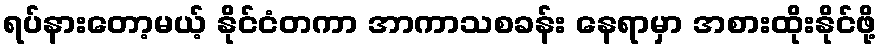
ရပ်နားတော့မယ့် နိုင်ငံတကာ အာကာသစခန်း နေရာမှာ အစားထိုးနိုင်ဖို့